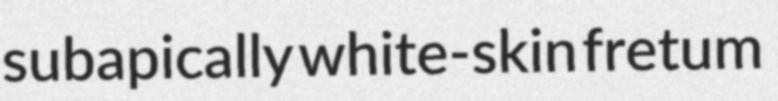
subapically white-skin fretum